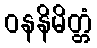
ဝနနိမိတ္တံ